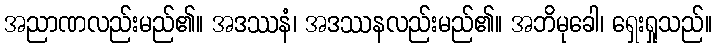
အညာဏလည်းမည်၏။ အဒဿနံ၊ အဒဿနလည်းမည်၏။ အဘိမုခေါ၊ ရှေးရှုသည်။